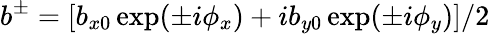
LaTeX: b^{\pm}=\left[b_{x0}\exp(\pm i\phi_{x})+ib_{y0}\exp(\pm i\phi_{y})\right]/2